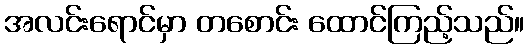
အလင်းရောင်မှာ တစောင်း ထောင်ကြည့်သည်။